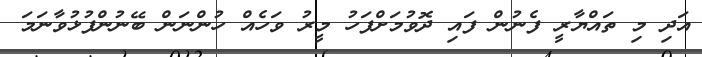
އަދި މި ތައްޔާރީ ފެނުން ފައި ދޮވުމަށްފަހު މީރު ވަހެއް ހުންނަން ބޭނުންފުޅުވާނަމަ